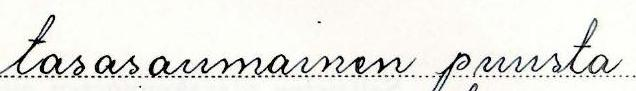
tasasaumainen puusta